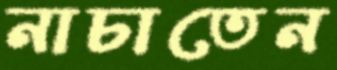
নাচাতেন